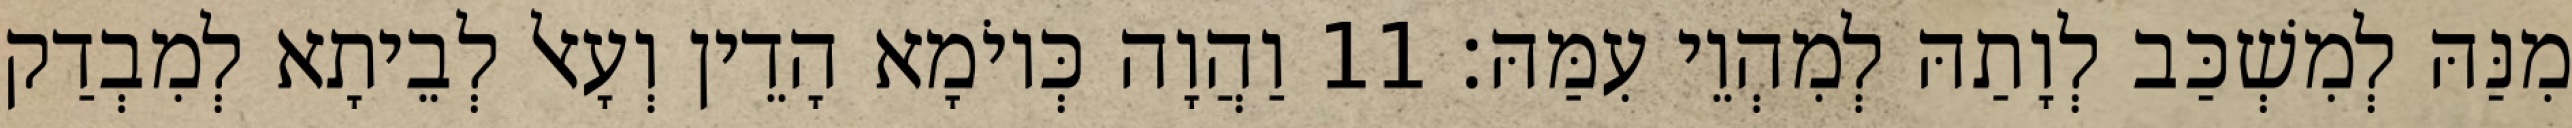
מִנַּהּ לְמִשְׁכַּב לְוָתַהּ לְמִהְוֵי עִמַּהּ׃ 11 וַהֲוָה כְּיוֹמָא הָדֵין וְעָאל לְבֵיתָא לְמִבְדַק